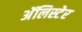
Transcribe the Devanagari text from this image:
अॅलिस्टेर